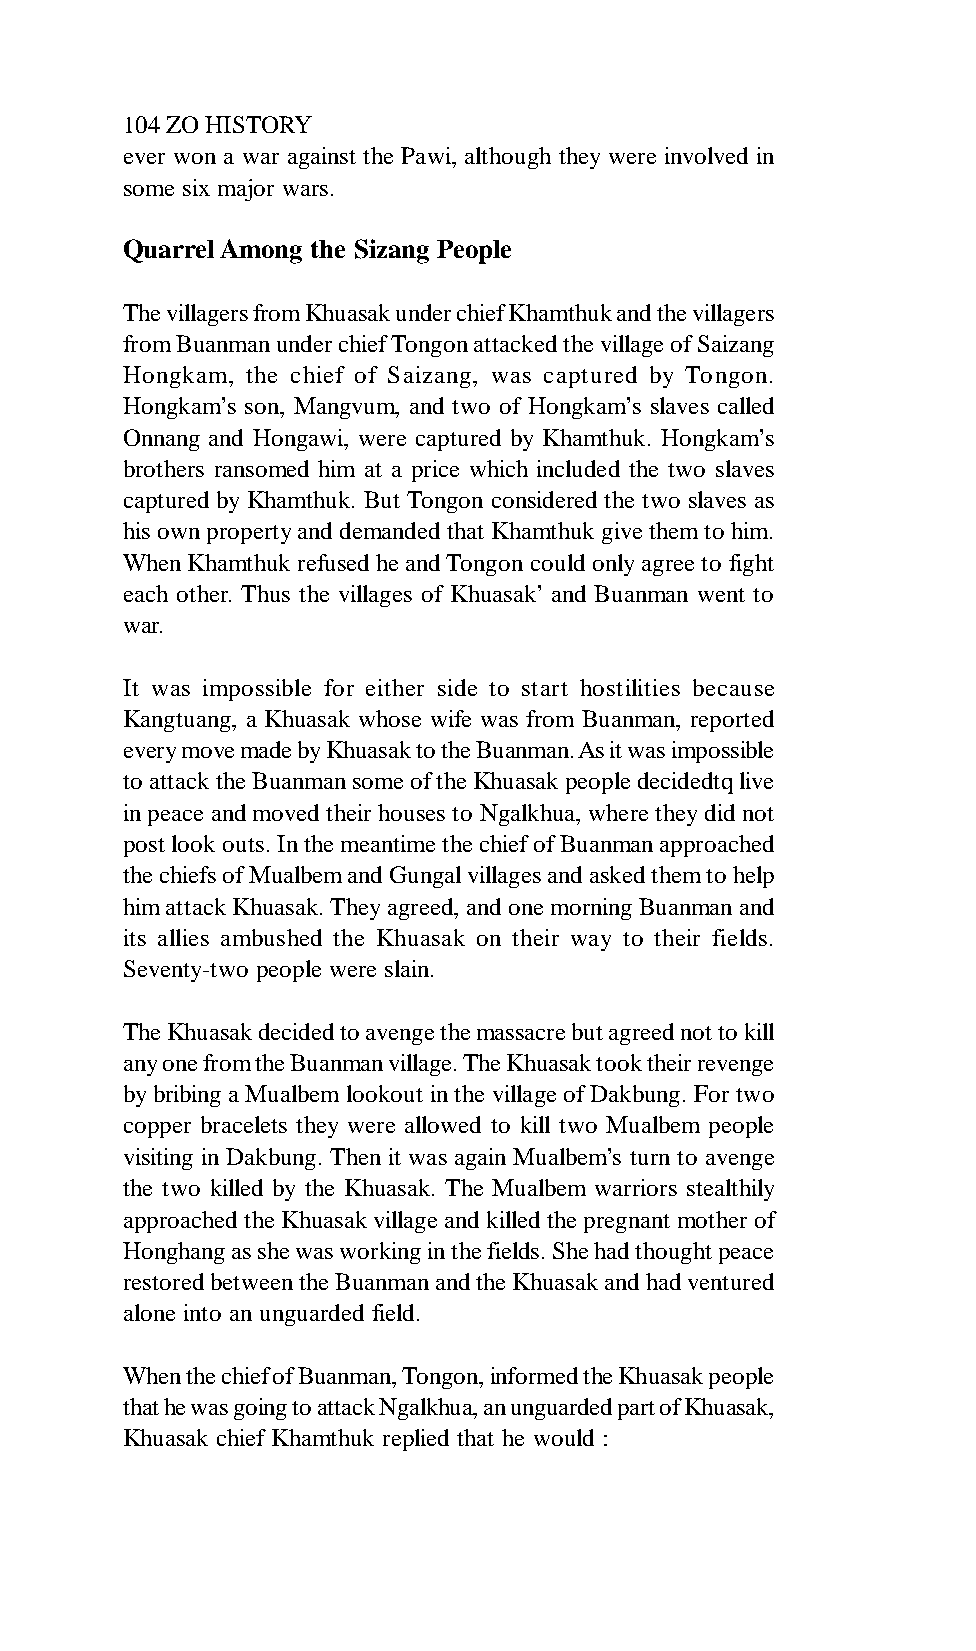
104 ZO HISTORY
 ever won a war against the Pawi, although they were involved in
 some six major wars.
 Quarrel Among the Sizang People
 The villagers from Khuasak under chief Khamthuk and the villagers
 from Buanman under chief Tongon attacked the village of Saizang
 Hongkam, the chief of Saizang, was captured by Tongon.
 Hongkam’s son, Mangvum, and two of Hongkam’s slaves called
 Onnang and Hongawi, were captured by Khamthuk. Hongkam’s
 brothers ransomed him at a price which included the two slaves
 captured by Khamthuk. But Tongon considered the two slaves as
 his own property and demanded that Khamthuk give them to him.
 When Khamthuk refused he and Tongon could only agree to fight
 each other. Thus the villages of Khuasak’ and Buanman went to
 war.
 It was impossible for either side to start hostilities because
 Kangtuang, a Khuasak whose wife was from Buanman, reported
 every move made by Khuasak to the Buanman. As it was impossible
 to attack the Buanman some of the Khuasak people decidedtq live
 in peace and moved their houses to Ngalkhua, where they did not
 post look outs. In the meantime the chief of Buanman approached
 the chiefs of Mualbem and Gungal villages and asked them to help
 him attack Khuasak. They agreed, and one morning Buanman and
 its allies ambushed the Khuasak on their way to their fields.
 Seventy-two people were slain.
 The Khuasak decided to avenge the massacre but agreed not to kill
 any one from the Buanman village. The Khuasak took their revenge
 by bribing a Mualbem lookout in the village of Dakbung. For two
 copper bracelets they were allowed to kill two Mualbem people
 visiting in Dakbung. Then it was again Mualbem’s turn to avenge
 the two killed by the Khuasak. The Mualbem warriors stealthily
 approached the Khuasak village and killed the pregnant mother of
 Honghang as she was working in the fields. She had thought peace
 restored between the Buanman and the Khuasak and had ventured
 alone into an unguarded field.
 When the chief of Buanman, Tongon, informed the Khuasak people
 that he was going to attack Ngalkhua, an unguarded part of Khuasak,
 Khuasak chief Khamthuk replied that he would :